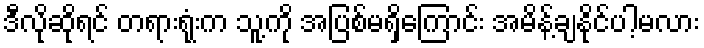
ဒီလိုဆိုရင် တရားရုံးက သူ့ကို အပြစ်မရှိကြောင်း အမိန့်ချနိုင်ပါ့မလား